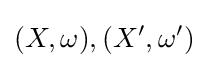
(X,\omega ),(X',\omega ')